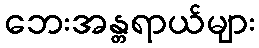
ဘေးအန္တရာယ်များ